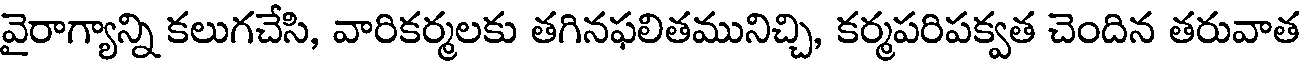
వైరాగ్యాన్ని కలుగచేసి, వారికర్మలకు తగినఫలితమునిచ్చి, కర్మపరిపక్వత చెందిన తరువాత